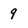
Character: 9